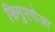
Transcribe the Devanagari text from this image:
फ़िगुएरोआ